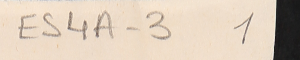
EٍS4A-3  1